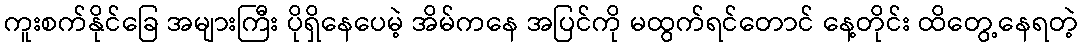
ကူးစက်နိုင်ခြေ အများကြီး ပိုရှိနေပေမဲ့ အိမ်ကနေ အပြင်ကို မထွက်ရင်တောင် နေ့တိုင်း ထိတွေ့နေရတဲ့